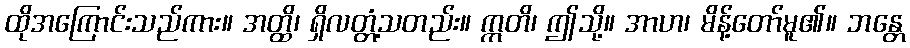
ထိုအကြောင်းသည်ကား။ အတ္ထိ၊ ရှိလတ္တံ့သတည်း။ ဣတိ၊ ဤသို့။ အာဟ၊ မိန့်တော်မူ၏။ ဘန္တေ